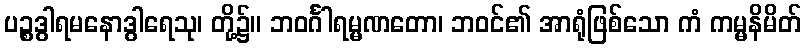
ပဉ္စဒွါရမနောဒွါရေသု၊ တို့၌။ ဘဝင်္ဂါရမ္မဏတော၊ ဘဝင်၏ အာရုံဖြစ်သော ကံ ကမ္မနိမိတ်